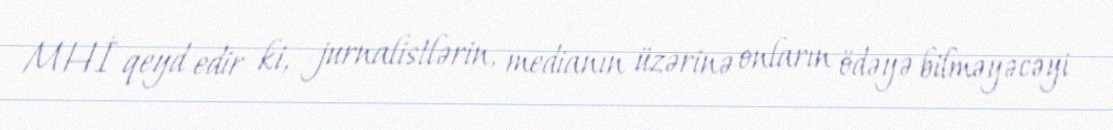
MHİ qeyd edir ki, jurnalistlərin, medianın üzərinə onların ödəyə bilməyəcəyi